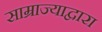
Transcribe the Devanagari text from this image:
साम्राज्याद्वारा